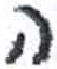
אות: ה